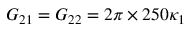
G _ { 2 1 } = G _ { 2 2 } = 2 \pi \times 2 5 0 \kappa _ { 1 }